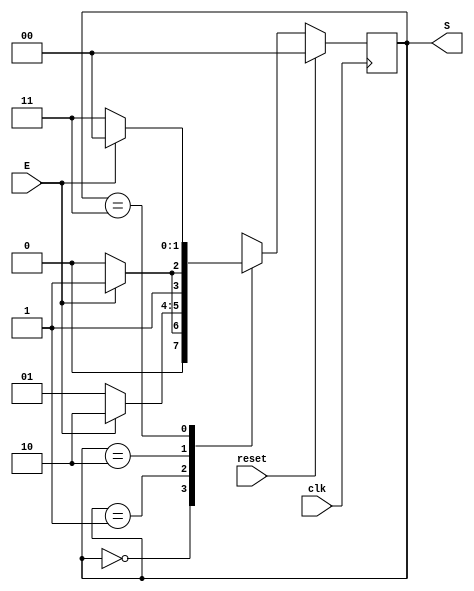
// This program was cloned from: https://github.com/johnwinans/Verilog-Examples
// License: GNU General Public License v3.0

//**************************************************************************
//
//    Copyright (C) 2024  John Winans
//
//    This library is free software; you can redistribute it and/or
//    modify it under the terms of the GNU Lesser General Public
//    License as published by the Free Software Foundation; either
//    version 2.1 of the License, or (at your option) any later version.
//
//    This library is distributed in the hope that it will be useful,
//    but WITHOUT ANY WARRANTY; without even the implied warranty of
//    MERCHANTABILITY or FITNESS FOR A PARTICULAR PURPOSE.  See the GNU
//    Lesser General Public License for more details.
//
//    You should have received a copy of the GNU Lesser General Public
//    License along with this library; if not, write to the Free Software
//    Foundation, Inc., 51 Franklin Street, Fifth Floor, Boston, MA  02110-1301
//    USA
//
//**************************************************************************

// See the following for details on the FSM in this design:
// https://faculty.cs.niu.edu/~winans/CS463/2022-fa/#fsm
// https://faculty.cs.niu.edu/~winans/CS463/notes/fsm.pdf

// This FSM is a 2-bit synchronous counter with enable input.
// Note: This implementation adds a synchronized reset input.

module fsm (
    input wire              clk,    // the system clock
    input wire              reset,  // synchronous reset to reset the FSM
    input wire              E,      // The enable input
    output wire [1:0]       S       // the current state
    );

    // The current state of this FSM 
    reg [1:0]  S_reg, S_next;

    // advance the FSM state on the rising edge of clk
    // Note: The reset logic is implemented here to ensure synthesys 
    // recognizes the always block as a FF with synch reset.

    always @(posedge clk) begin
        if (reset)
            S_reg <= 2'b0;      // reset the FSM
        else
            S_reg <= S_next;
    end

    // Using the current state and any inputs, determine the next state.
    // I express in discrete binary since FSMs are often that way when
    // they are not just a counter.
 
    always @(*) begin
        S_next = 2'bxx;         // This helps debugging

        case( S_reg )
        2'b00:
            if ( E )    S_next = 2'b01;     // advance to the next state
            else        S_next = 2'b00;     // state stays the same
        2'b01:
            if ( E )    S_next = 2'b10;     // S_next = S_reg + 1;
            else        S_next = 2'b01;
        2'b10:
            if ( E )    S_next = 2'b11;
            else        S_next = 2'b10;
        2'b11:
            if ( E )    S_next = 2'b00;
            else        S_next = 2'b11;

        // no default????  --> will leave S_next set to 2'bxx
        endcase
    end

    // A moore FSM's output is based on the state only
    // It could have combo logic involved.
    // In this simple example, the state itself is the output.
    assign S = S_reg;           // connect the state to the module's output

endmodule